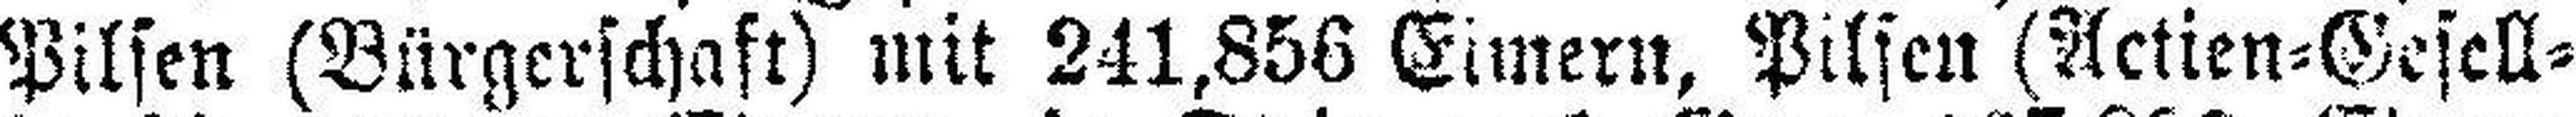
Pilsen (Bürgerschaft) mit 241,856 Eimern, Pilsen (Actien=Gesell¬